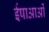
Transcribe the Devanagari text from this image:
ईषाआओं